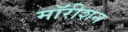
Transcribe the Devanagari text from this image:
मॉरीशन